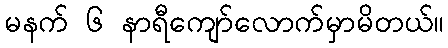
မနက် ၆ နာရီကျော်လောက်မှာမိတယ်။